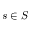
s \in S